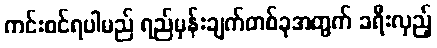
ကင်းစင်ရပါမည် ရည်မှန်းချက်တစ်ခုအတွက် ခရီးလှည့်